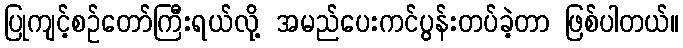
ပြုကျင့်စဉ်တော်ကြီးရယ်လို့ အမည်ပေးကင်ပွန်းတပ်ခဲ့တာ ဖြစ်ပါတယ်။